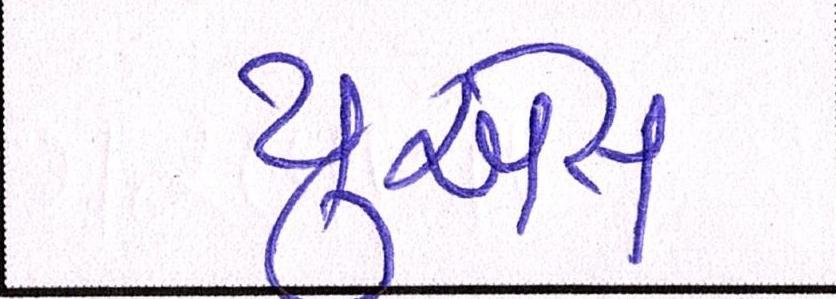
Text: યુએસ